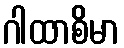
ဂါထာစိမာ